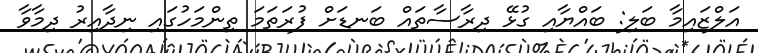
އަލްޒައިމާ ބަލި: ބައްޔާއި ގުޅޭ ދިރާސާތައް ބަނޑަށް ފުރަތަމަ ތިންމަހުގައި ނިދާއިރު ދިމާވާ